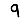
Digit: 9